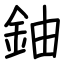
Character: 鈾